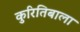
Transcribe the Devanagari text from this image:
कुरितिबाला